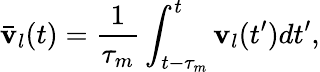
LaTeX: \bar{\mathbf v}_{l}(t)=\frac{1}{\tau_{m}}\int_{t-\tau_{m}}^{t}{\mathbf v}_{l}(t^{\prime})dt^{\prime},